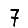
Digit: 7